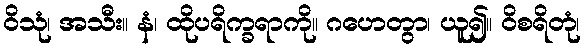
ဝိသုံ၊ အသီး။ နံ၊ ထိုပရိက္ခရာကို။ ဂဟေတွာ၊ ယူ၍။ ဝိစရိတုံ၊